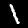
Label: 1